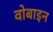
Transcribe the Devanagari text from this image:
वोबाइन